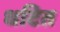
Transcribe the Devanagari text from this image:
धटित